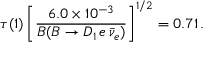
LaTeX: \tau ( 1 ) \, \bigg [ { \frac { 6 . 0 \times 1 0 ^ { - 3 } } { { \cal B } ( B \to D _ { 1 } \, e \, \bar { \nu } _ { e } ) } } \bigg ] ^ { 1 / 2 } = 0 . 7 1 \, .